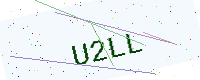
Text: U2LL